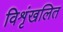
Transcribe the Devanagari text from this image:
विशृंखलित